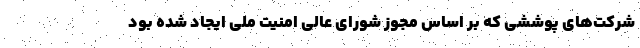
شرکت‌های پوششی که بر اساس مجوز شورای عالی امنیت ملی ایجاد شده بود